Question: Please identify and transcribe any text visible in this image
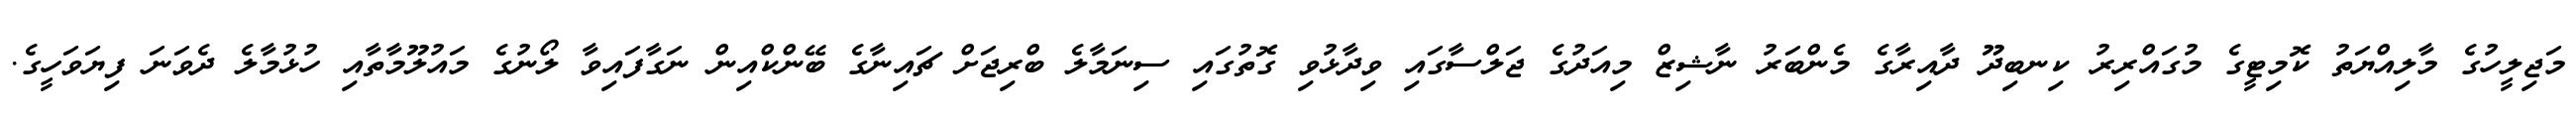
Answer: މަޖިލީހުގެ މާލިއްޔަތު ކޮމިޓީގެ މުގައްރިރު ކިނބިދޫ ދާއިރާގެ މެންބަރު ނާޝިޒް މިއަދުގެ ޖަލްސާގައި ވިދާޅުވި ގޮތުގައި ސިނަމާލެ ބްރިޖަށް ޗައިނާގެ ބޭންކްއިން ނަގާފައިވާ ލޯނުގެ މައުލޫމާތާއި ހުޅުމާލެ ދެވަނަ ފިޔަވަހީގެ.